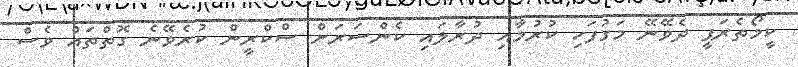
ކީމޯތެރަޕީ ދެވޭނޭ މަގުފަހި ކުރުމާއި ދުރާލައި ކެންސަރަށް ސްކްރީން ކުރެވޭނެ ގޮތްތައް ވެސް